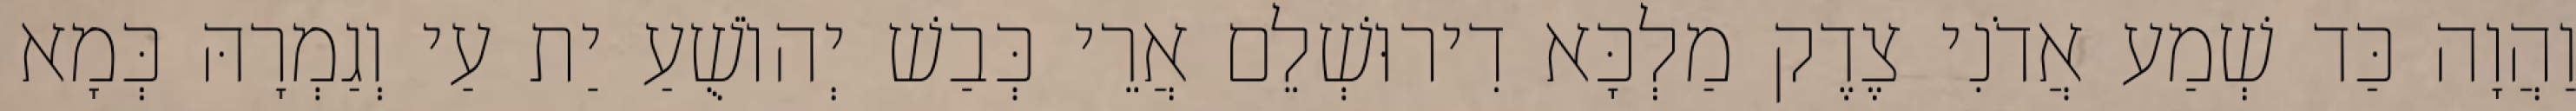
וַהֲוָה כַּד שְׁמַע אֲדֹנִי צֶדֶק מַלְכָּא דִירוּשְׁלֵם אֲרֵי כְּבַשׁ יְהוֹשֻׁעַ יַת עַי וְגַמְרָהּ כְּמָא